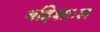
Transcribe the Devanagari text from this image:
बहिशाःल